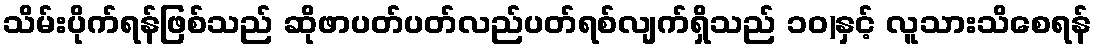
သိမ်းပိုက်ရန်ဖြစ်သည် ဆိုဖာပတ်ပတ်လည်ပတ်ရစ်လျက်ရှိသည် ၁၀)နှင့် လူသားသိစေရန်